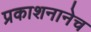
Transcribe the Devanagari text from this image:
प्रकाशनानेच